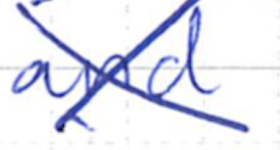
Text: and
Cross-out: cross
Writing tool: ballpoint